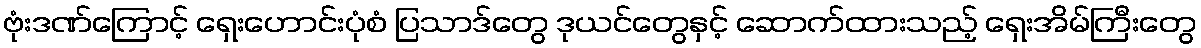
ဗုံးဒဏ်ကြောင့် ရှေးဟောင်းပုံစံ ပြသာဒ်တွေ ဒုယင်တွေနှင့် ဆောက်ထားသည့် ရှေးအိမ်ကြီးတွေ